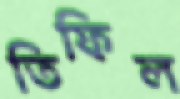
তিফিল